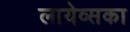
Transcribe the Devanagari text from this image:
लायेव्सका